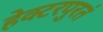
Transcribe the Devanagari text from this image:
हेक्टरपुरतं